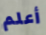
أعلم